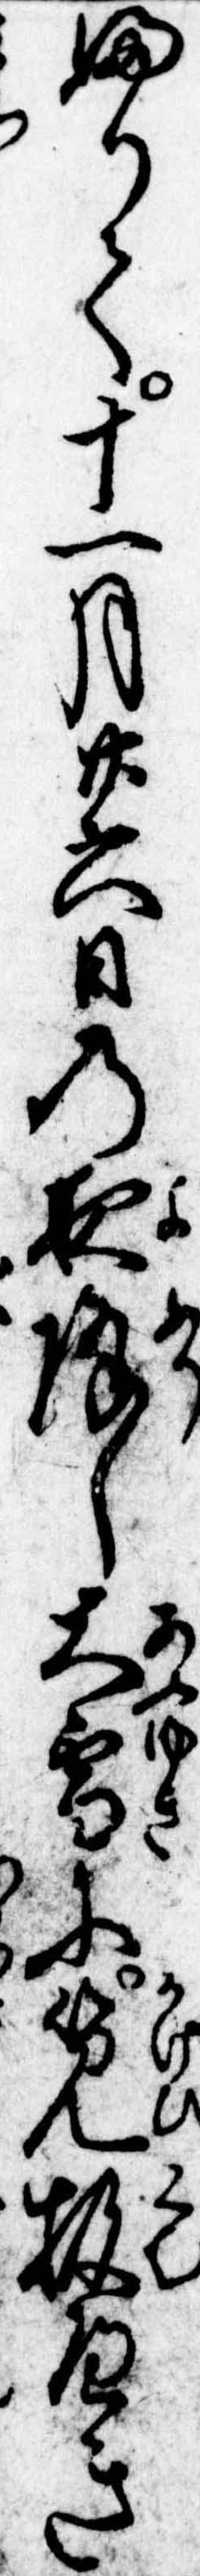
ふりて十一月廿六日の夜降し大雪に筧扱へき